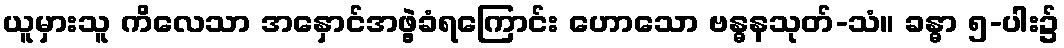
ယူမှားသူ ကိလေသာ အနှောင်အဖွဲ့ခံရကြောင်း ဟောသော ဗန္ဓနသုတ်-သံ။ ခန္ဓာ ၅-ပါး၌